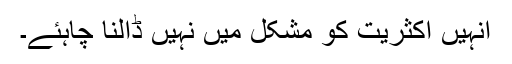
انہیں اکثریت کو مشکل میں نہیں ڈالنا چاہئے۔